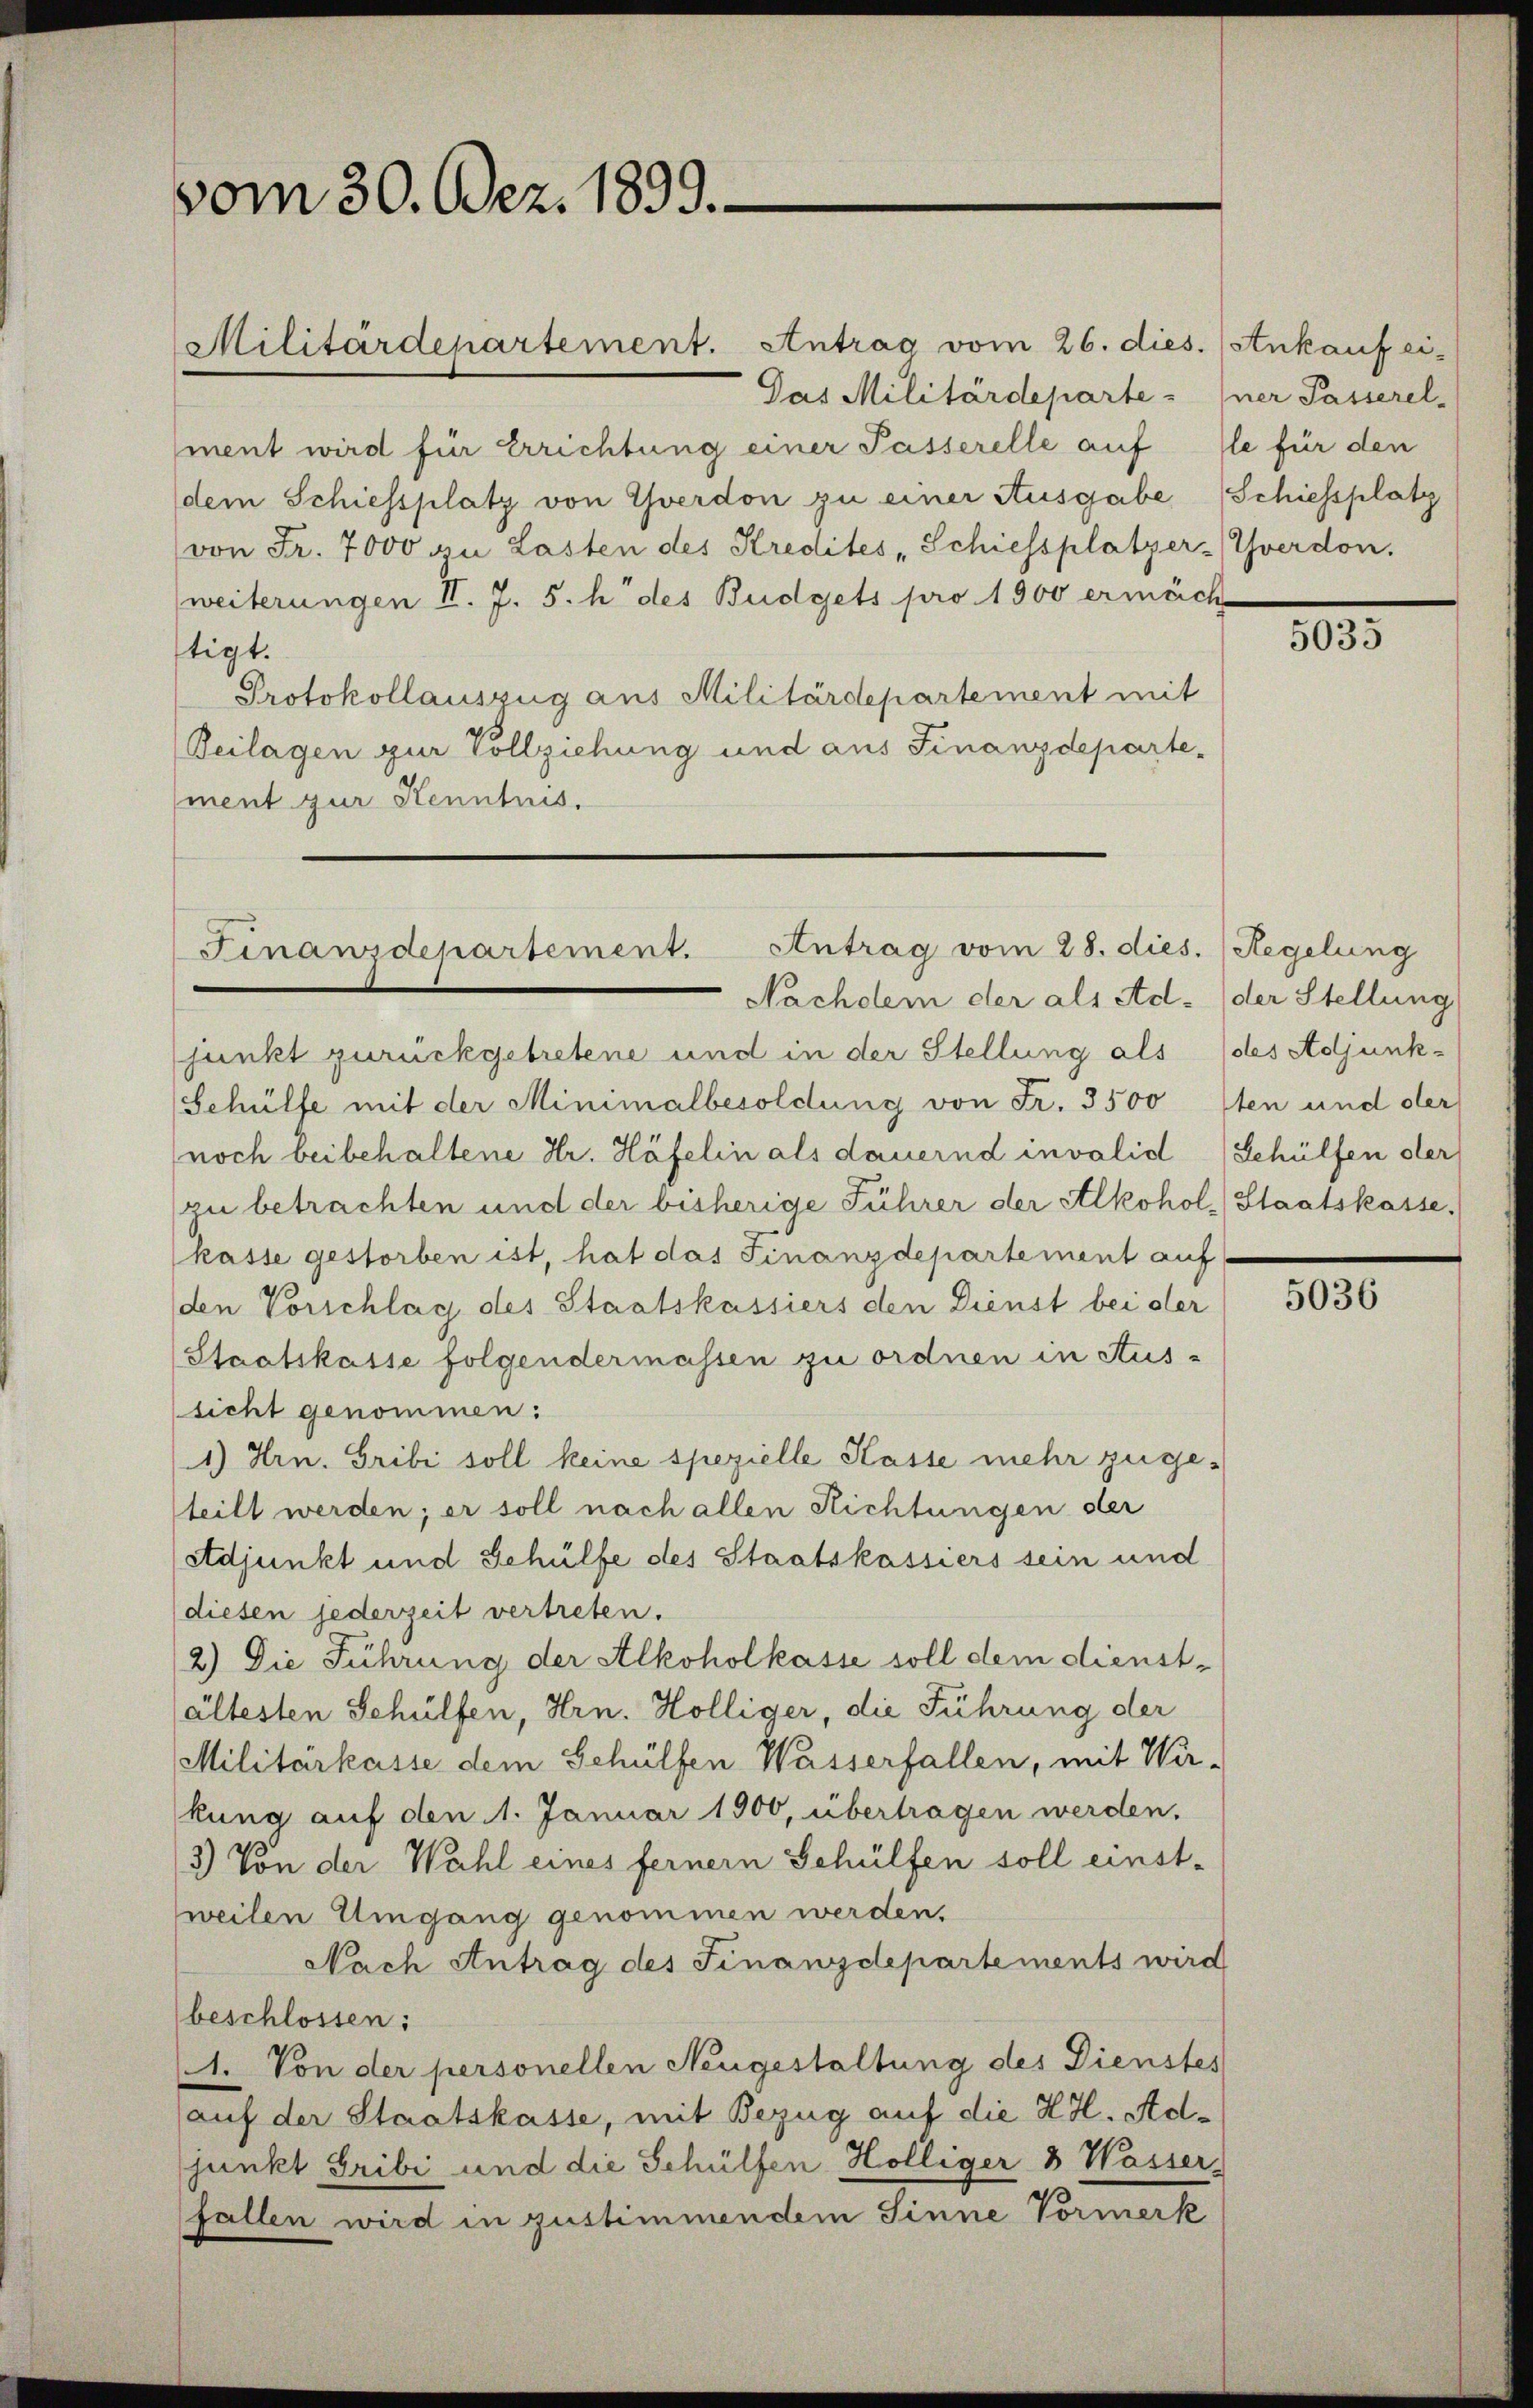
vom 30. Odez. 1899.

Militärdepartement. Antrag vom 26. dies. (Ankauf ei-
Das Militärdeparte-
ment wird für Errichtung einer Passerelle auf le für den
dem Schiessplatz von Yverdon zu einer Ausgabe (Schiessplatz
(von Fr. 7000 zu Lasten des Kredites „Schiessplatzer-Yverdon.
weiterungen II. J. 5. h des Budgets pro 1900 ermäch
tigt.
Protokollauszug aus Militärdepartement mit
Beilagen zur Vollziehung und aus Finanzdepartement zur Kenntnis.

Nachdem der als Ad- (der Stellung
junkt zurückgetretene und in der Stellung als (des Adjunk¬
Gehülfe mit der Minimalbesoldung von Fr. 3500 sten und der
noch beibehaltene Hr. Häfelin als dauernd invalid Schülfen der
zu betrachten und der bisherige Führer der Alkohol, Staatskasse,
kasse gestorben ist, hat das Finanzdepartement auf
den Vorschlag des Staatskassiers den Dienst bei der
(Staatskasse folgendermassen zu ordnen in Aus-
sicht genommen:
1) Hrn. Gribi soll keine spezielle Kasse mehr zugeteilt werden; er soll nach allen Richtungen der
adjunkt und Gehülfe des Staatskassiers sein und
diesen jederzeit vertreten.
2) Die Führung der Alkoholkasse soll dem dienstältesten Schülfen, Hrn. Hölliger, die Führung der
Militärkasse dem Gehülfen Wasserfallen, mit Wir-
kung auf den 1. Januar 1900, übertragen werden.
3) Von der Wahl eines ferner Gehülfen soll einst-
weilen Umgang genommen werden,
Nach Antrag des Finanzdepartements wird
beschlossen:
1. Von der personellen Neugestaltung des Dienstes
auf der Staatskasse, mit Bezug auf die H.H. Adjunkt Tribi und die Schülfen Hölliger 3 Wasser,
fallen wird in zustimmendem Sinne Vormerk

Finanzdepartement. Antrag vom 28. dies. Regelung

ner Passerel

5035

5036